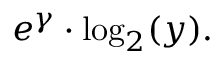
e ^ { \gamma } \cdot \log _ { 2 } ( y ) .